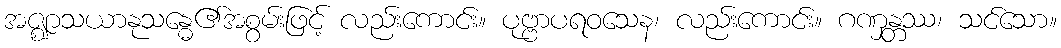
အဇ္ဈာသယာနုသန္ဓေ၏အစွမ်းဖြင့် လည်းကောင်း။ ပုဗ္ဗာပရဝသေန၊ လည်းကောင်း။ ဂဏှန္တဿ၊ သင်သော။